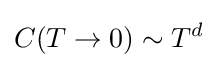
C(T\to 0)\sim T^{d}